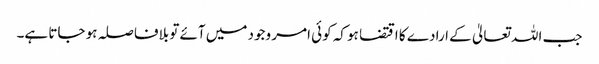
جب اللہ تعالیٰ کے ارادے کا اقتضا ہو کہ کوئی امر وجود میں آئے تو بلافاصلہ ہو جاتا ہے۔